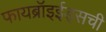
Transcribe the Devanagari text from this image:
फायब्रॉइईड्‌सची